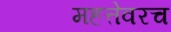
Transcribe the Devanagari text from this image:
महत्तेवरच